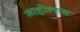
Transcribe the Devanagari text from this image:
माहोत्सव